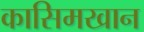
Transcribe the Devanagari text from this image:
कासिमखान